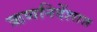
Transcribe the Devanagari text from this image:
ऋणनिर्देशात